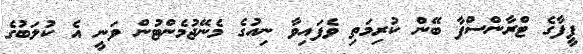
ފީފާގެ ޓްރާންސްފާ ބޭން ކުރިމަތި ވެފައިވާ ނިއުގެ މެނޭޖުމެންޓުން ވަނީ އެ ކުލަބުގެ